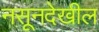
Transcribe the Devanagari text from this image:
नसूनदेखील